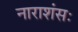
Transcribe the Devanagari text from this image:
नाराशंसः